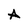
Character: A